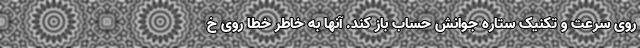
روی سرعت و تکنیک ستاره جوانش حساب باز کند. آنها به خاطر خطا روی خ